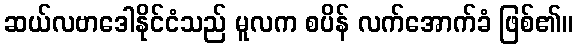
ဆယ်လဗာဒေါနိုင်ငံသည် မူလက စပိန် လက်အောက်ခံ ဖြစ်၏။